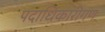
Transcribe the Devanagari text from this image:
पदाधिकारीगण